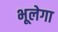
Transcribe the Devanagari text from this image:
भूलेगा